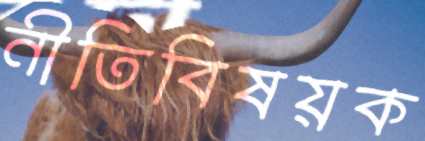
নীতিবিষয়ক